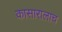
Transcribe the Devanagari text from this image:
कासारालाच